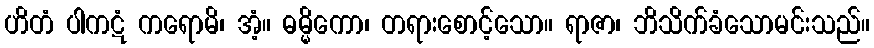
ဟိတံ ပါကဋံ ကရောမိ၊ အံ့။ ဓမ္မိကော၊ တရားစောင့်သော။ ရာဇာ၊ ဘိသိက်ခံသောမင်းသည်။